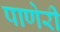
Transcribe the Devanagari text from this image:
पाणेरी